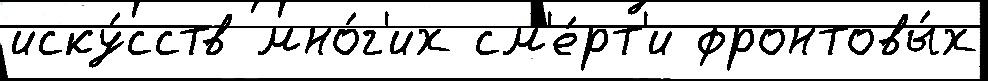
иску́сств мно́г'их см'е́рт'и фронтовы́х